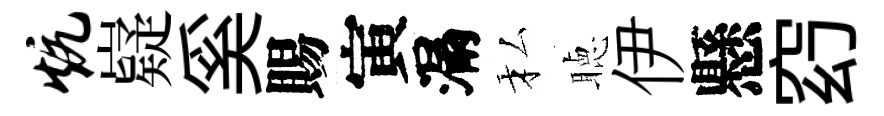
炕嶷奚賜寅漏私聴伊懸𥥆